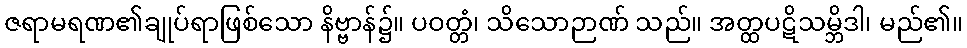
ဇရာမရဏ၏ချုပ်ရာဖြစ်သော နိဗ္ဗာန်၌။ ပဝတ္တံ၊ သိသောဉာဏ် သည်။ အတ္ထပဋိသမ္ဘိဒါ၊ မည်၏။